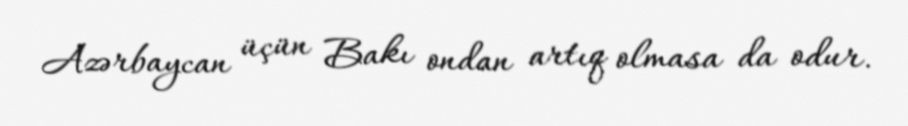
Azərbaycan üçün Bakı ondan artıq olmasa da odur.